Lunatic asylums Central Provinces reports 1910-1926 - 1910-1926
Year: 1910
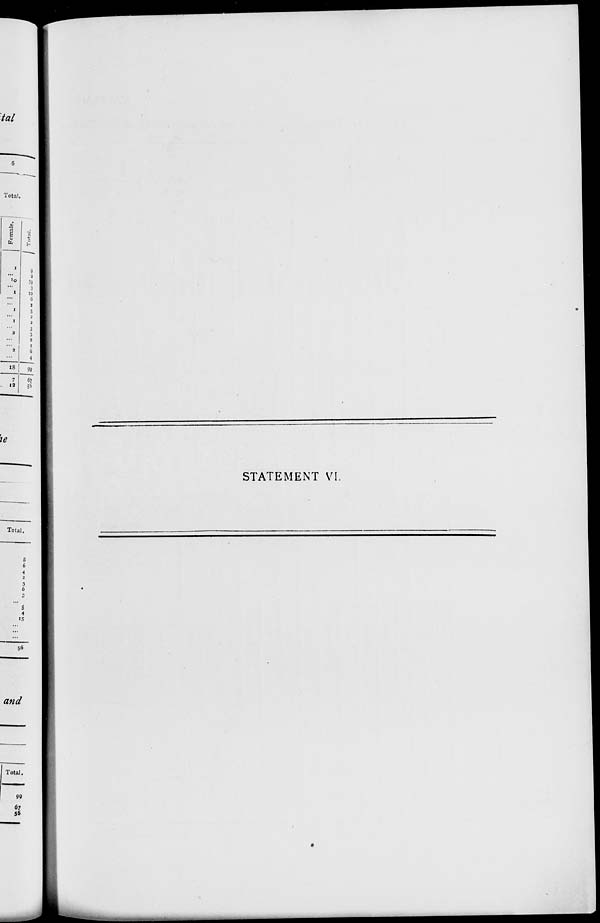
STATEMENT VI.